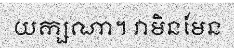
យក្សណា។ វាមិនមែន